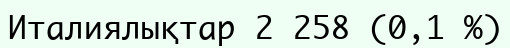
Италиялықтар 2 258 (0,1 %)